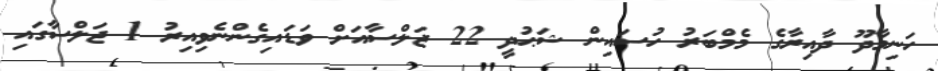
ހަނިމާދޫ ދާއިރާގެ މެމްބަރު ހުސައިން ޝަޙުދީ 22 ޖަލްސާއަށް ވަޑައިގެންނެވިއިރު 1 ޖަލްސާގައި